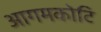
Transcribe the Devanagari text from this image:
आगमकोटि